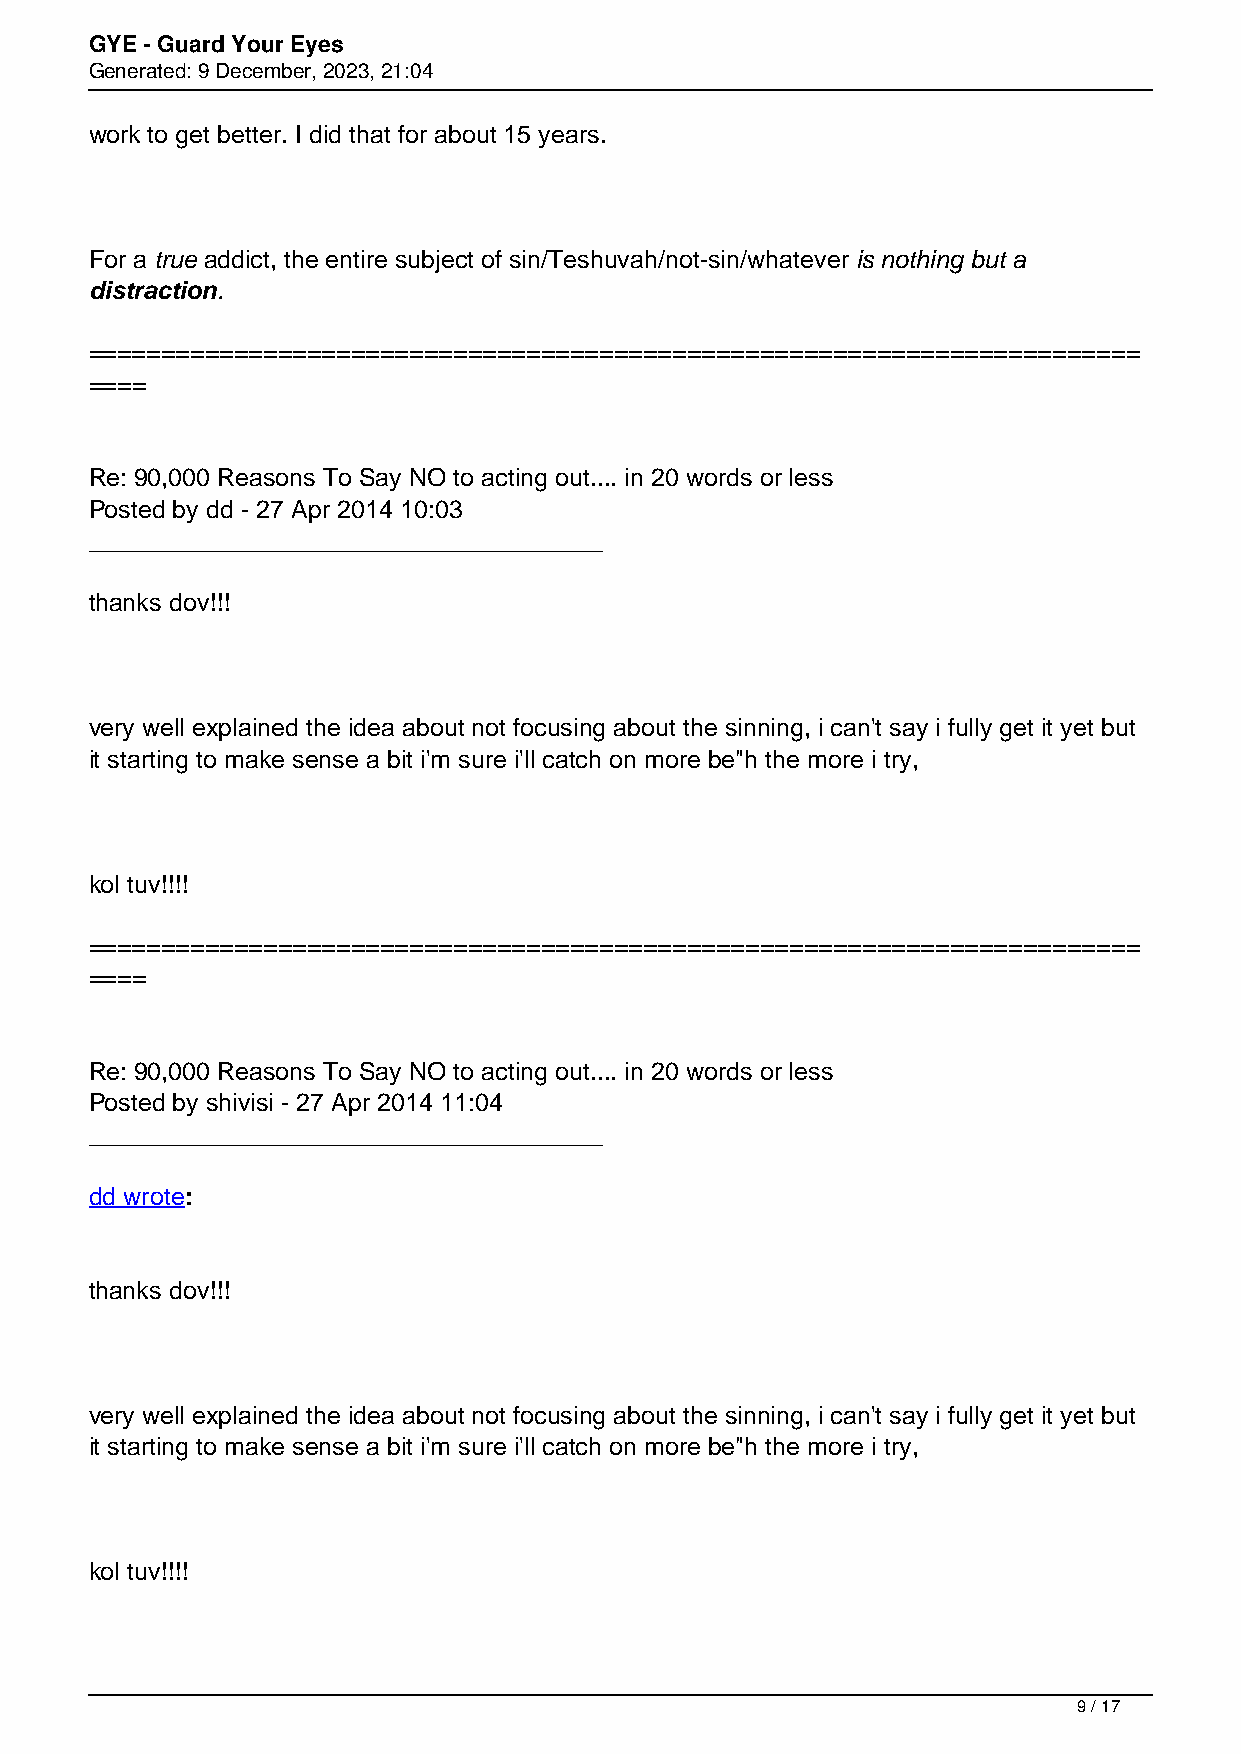
GYE - Guard Your Eyes
 Generated: 9 December, 2023, 21:04
 work to get better. I did that for about 15 years.
 For a true addict, the entire subject of sin/Teshuvah/not-sin/whatever is nothing but a
 distraction.
 ========================================================================
 ====
 Re: 90,000 Reasons To Say NO to acting out.... in 20 words or less
 Posted by dd - 27 Apr 2014 10:03
 _____________________________________
 thanks dov!!!
 very well explained the idea about not focusing about the sinning, i can't say i fully get it yet but
 it starting to make sense a bit i'm sure i'll catch on more be"h the more i try,
 kol tuv!!!!
 ========================================================================
 ====
 Re: 90,000 Reasons To Say NO to acting out.... in 20 words or less
 Posted by shivisi - 27 Apr 2014 11:04
 _____________________________________
 dd wrote:
 thanks dov!!!
 very well explained the idea about not focusing about the sinning, i can't say i fully get it yet but
 it starting to make sense a bit i'm sure i'll catch on more be"h the more i try,
 kol tuv!!!!
 9 / 17